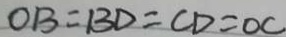
O B = B D = C D = O C